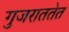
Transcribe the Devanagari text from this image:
गुजराततेत